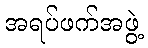
အရပ်ဖက်အဖွဲ့